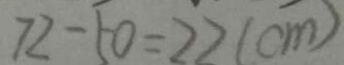
7 2 - 5 0 = 2 2 ( c m )